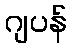
ဂျပန်